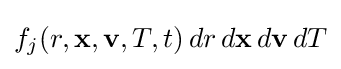
f_{j}(r,\mathbf {x} ,\mathbf {v} ,T,t)\,dr\,d\mathbf {x} \,d\mathbf {v} \,dT